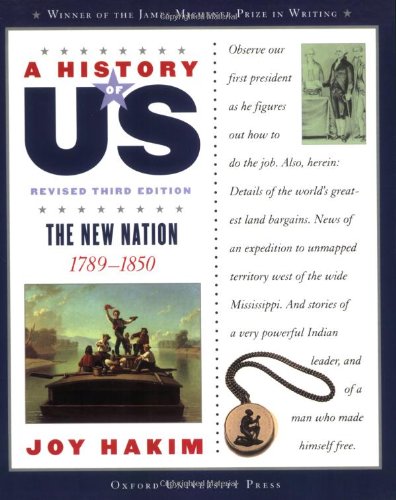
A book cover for A History of US: The New Nation: 1789-1850 A History of US Book Four; Joy Hakim; History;